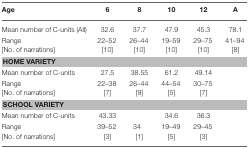
<table><thead><tr><td><b>Age</b></td><td><b>6</b></td><td><b>8</b></td><td><b>10</b></td><td><b>12</b></td><td><b>A</b></td></tr></thead><tbody><tr><td>Mean number of C-units (All)</td><td>32.6</td><td>37.7</td><td>47.9</td><td>45.3</td><td>78.1</td></tr><tr><td>Range [No. of narrations]</td><td>22–52 [10]</td><td>26–44 [10]</td><td>19–59 [10]</td><td>29–75 [10]</td><td>41–94 [8]</td></tr><tr><td colspan="6"><b>HOME VARIETY</b></td></tr><tr><td>Mean number of C-units</td><td>27.5</td><td>38.55</td><td>61.2</td><td>49.14</td><td></td></tr><tr><td>Range [No. of narrations]</td><td>22–38 [7]</td><td>26–44 [9]</td><td>44–54 [5]</td><td>30–75 [7]</td><td></td></tr><tr><td colspan="6"><b>SCHOOL VARIETY</b></td></tr><tr><td>Mean number of C-units</td><td>43.33</td><td></td><td>34.6</td><td>36.3</td><td></td></tr><tr><td>Range [No. of narrations]</td><td>39–52 [3]</td><td>34 [1]</td><td>19–49 [5]</td><td>29–45 [3]</td><td></td></tr></tbody></table>